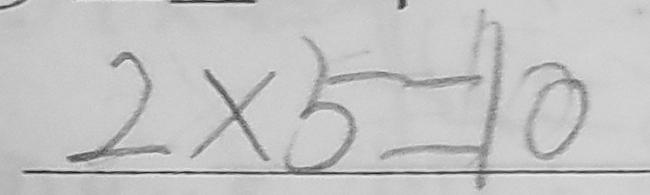
2 \times 5 = 1 0